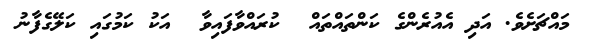
މައްޗަށެވެ. އަދި އެއުރެންގެ ކަންތައްތައް  ކުރައްވާފައިވާ  އަކު ކަމުގައި ކަލޭގެފާނު